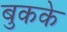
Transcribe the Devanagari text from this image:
बुकके